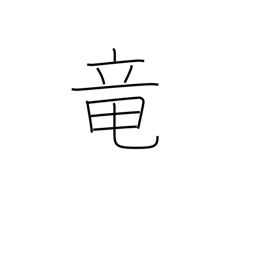
Meaning: dragon